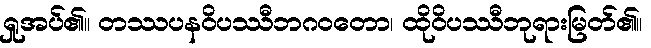
ရှုအပ်၏။ တဿပနဝိပဿီဘဂဝတော၊ ထိုဝိပဿီဘုရားမြတ်၏။